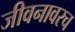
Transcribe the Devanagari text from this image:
जीवनावरच